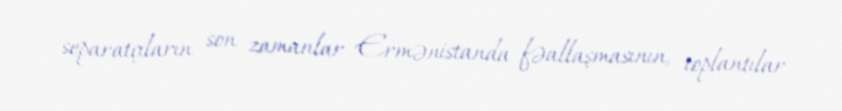
separatçıların son zamanlar Ermənistanda fəallaşmasının, toplantılar